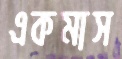
একমাস